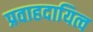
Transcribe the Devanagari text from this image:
प्रवाहदायित्व